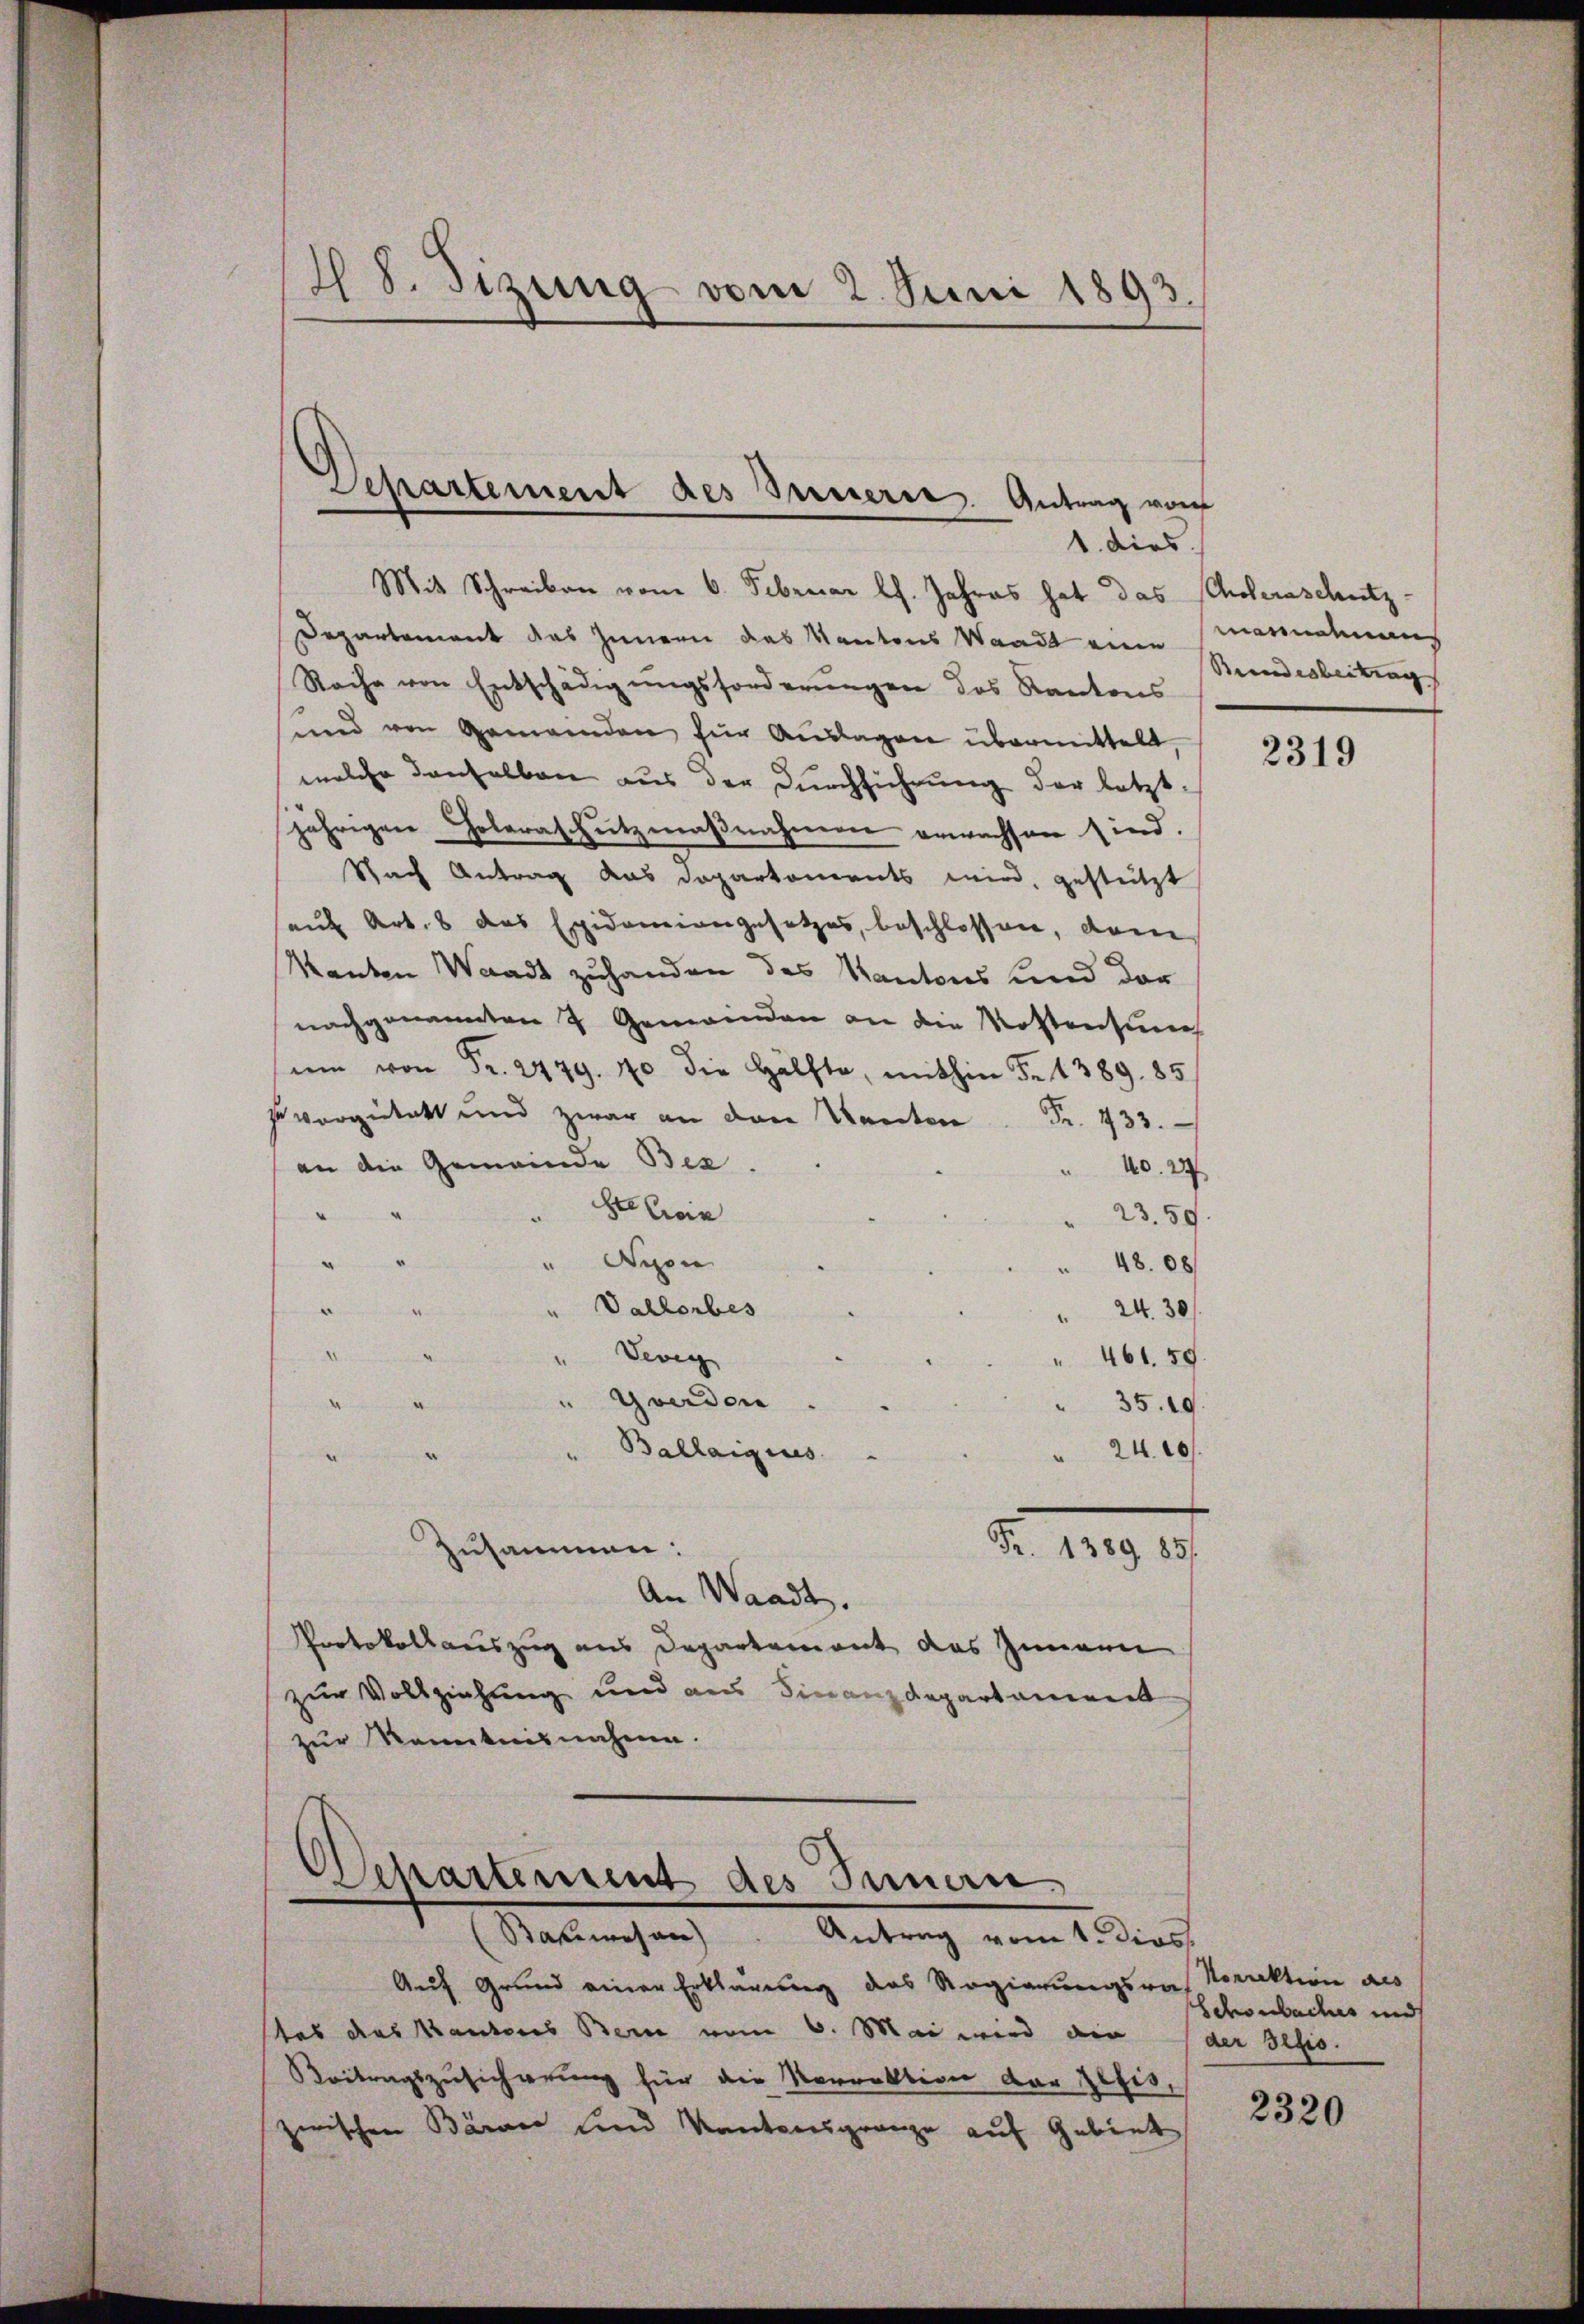
Mit Schreiben vom 6. Februar l. Jahres hat das Scholeraschutz-
Departement das Innern das Kantons Waadt eine Manndtman
Rache von Entschädigŭngsforderungen des Kantons
und von Gemeinden für Aŭslagen übermittelt,
welche denselben aus der Durchführung der letzt-
jährigen Holeraschutzmaßnahmen erwachsen sind.
Nach Antrag das Doparkoments wird, gestützt
auf Art. 8 das Epidemiengesetzes, beschlossen, dam
Manten Waadt zuhanden des Kantons und der
nachgenannten 7 Gemeinden an die Kostensung
sum von Fr. 2479. 40 die Hälfte, mithin Fr. 1389. 85
 vergütett und zwar an den Kanton Fr. 733.
an die Gemeinde Bes
40. 27
der Ein
A
23.59.
“
" Nyon
d
48.00
" Vallorbes
e
d
" 24. 30/
2
" Vevey
 461. 59.
Gwerden
nitt nie in
35.10.
Ballaigues
" 2400
.
e
Zusammen:
Z. 129 1/
An Waadt.
Protokollauszug aus Departement das Zimmern
zur Vollziehung und aus Finanzdepartament
zur Kenntnisnahme.

28. Sizung vom 2. Juni 1893

Departement des Innere Antrag von
1. dies

.
Departement des Innern
Bauwesen) Antrag vom 1. dies.

Auf Grund einer Erklärung des Regierungsrat Noraktion als
tas das Kantons Bern vom 6. Mai wird ein der Besio
Beitragszusicherung für die Vorrektion der Zelis,
zwischen Berner und Kantonsgrenze auf Gebiet

Brandesbeitung

2319

Schorbachs und

2320